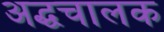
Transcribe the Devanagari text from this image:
अद्धचालक